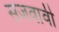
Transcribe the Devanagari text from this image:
सजवावी